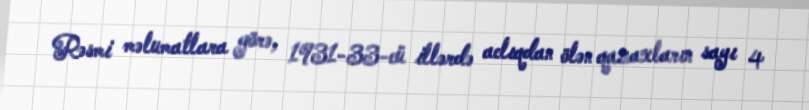
Rəsmi məlumatlara görə, 1931-33-cü illərdə aclıqdan ölən qazaxların sayı 4